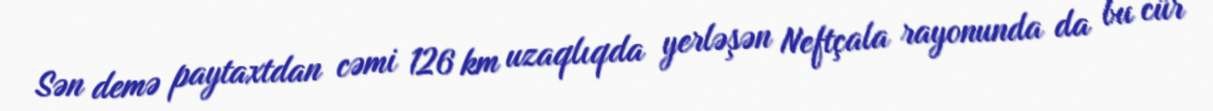
Sən demə paytaxtdan cəmi 126 km uzaqlıqda yerləşən Neftçala rayonunda da bu cür